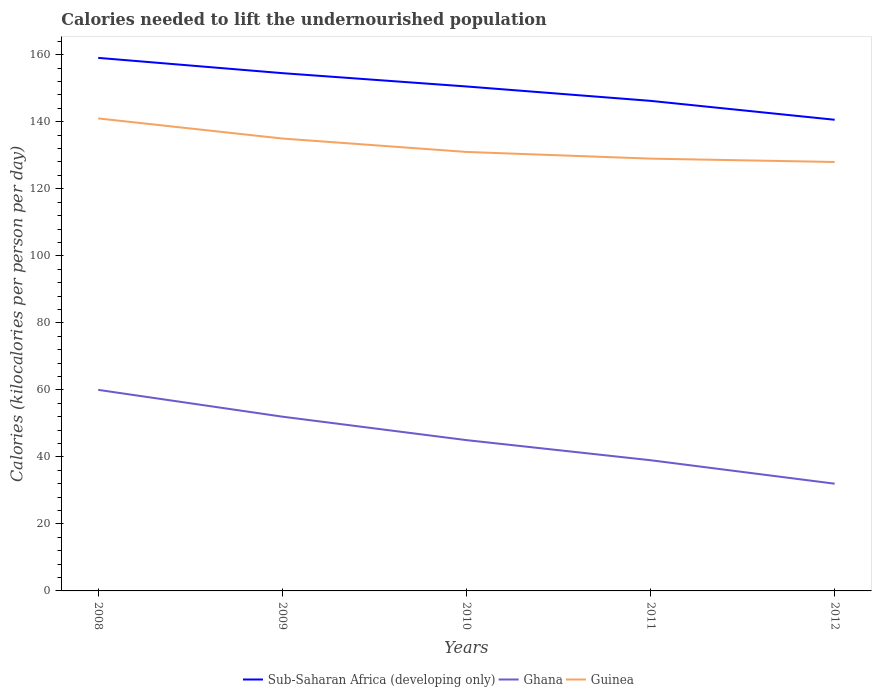
| Years | Sub-Saharan Africa (developing only) | Ghana | Guinea |
 | --- | --- | --- | --- |
 | 2008 | 159 | 60 | 141 |
 | 2009 | 155 | 52 | 135 |
 | 2010 | 151 | 45 | 131 |
 | 2011 | 146 | 39 | 129 |
 | 2012 | 141 | 32 | 128 |